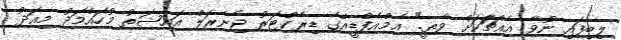
ލިބިފައި ނުވާ އެއްޗަަކަށް ވާތީ." އެމްއެފްޑީއޭގެ ޑިރެކްޓަރު ޖެނެރަލް އައިޝަތު މުހައްމަދު މިއަދު